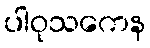
ပါဝုသကေန